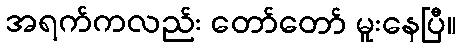
အရက်ကလည်း တော်တော် မူးနေပြီ။